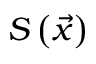
S \left( \vec { x } \right)